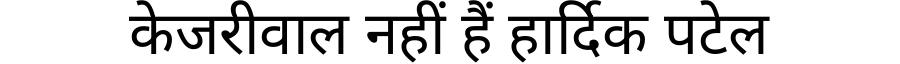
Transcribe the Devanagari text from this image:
केजरीवाल नहीं हैं हार्दिक पटेल